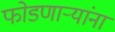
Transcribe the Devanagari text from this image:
फोडणाऱ्यांना